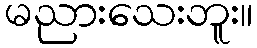
မညားသေးဘူး။